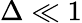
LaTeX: \Delta\ll 1